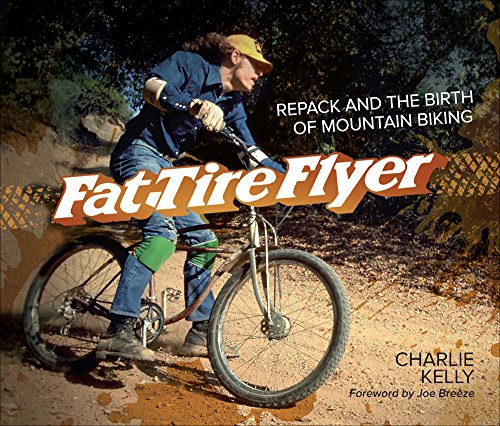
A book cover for Fat Tire Flyer: Repack and the Birth of Mountain Biking; Charlie Kelly; Sports & Outdoors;